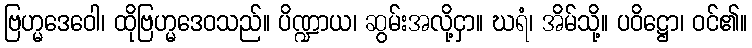
ဗြဟ္မဒေဝေါ၊ ထိုဗြဟ္မဒေဝသည်။ ပိဏ္ဍာယ၊ ဆွမ်းအလို့ငှာ။ ဃရံ၊ အိမ်သို့။ ပဝိဋ္ဌော၊ ဝင်၏။